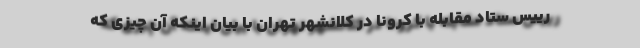
رییس ستاد مقابله با کرونا در کلانشهر تهران با بیان اینکه آن چیزی که